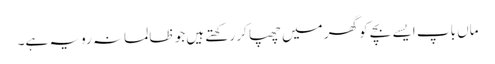
ماں باپ ایسے بچے کو گھر میں چھپا کر رکھتے ہیں جو ظالمانہ رویہ ہے۔